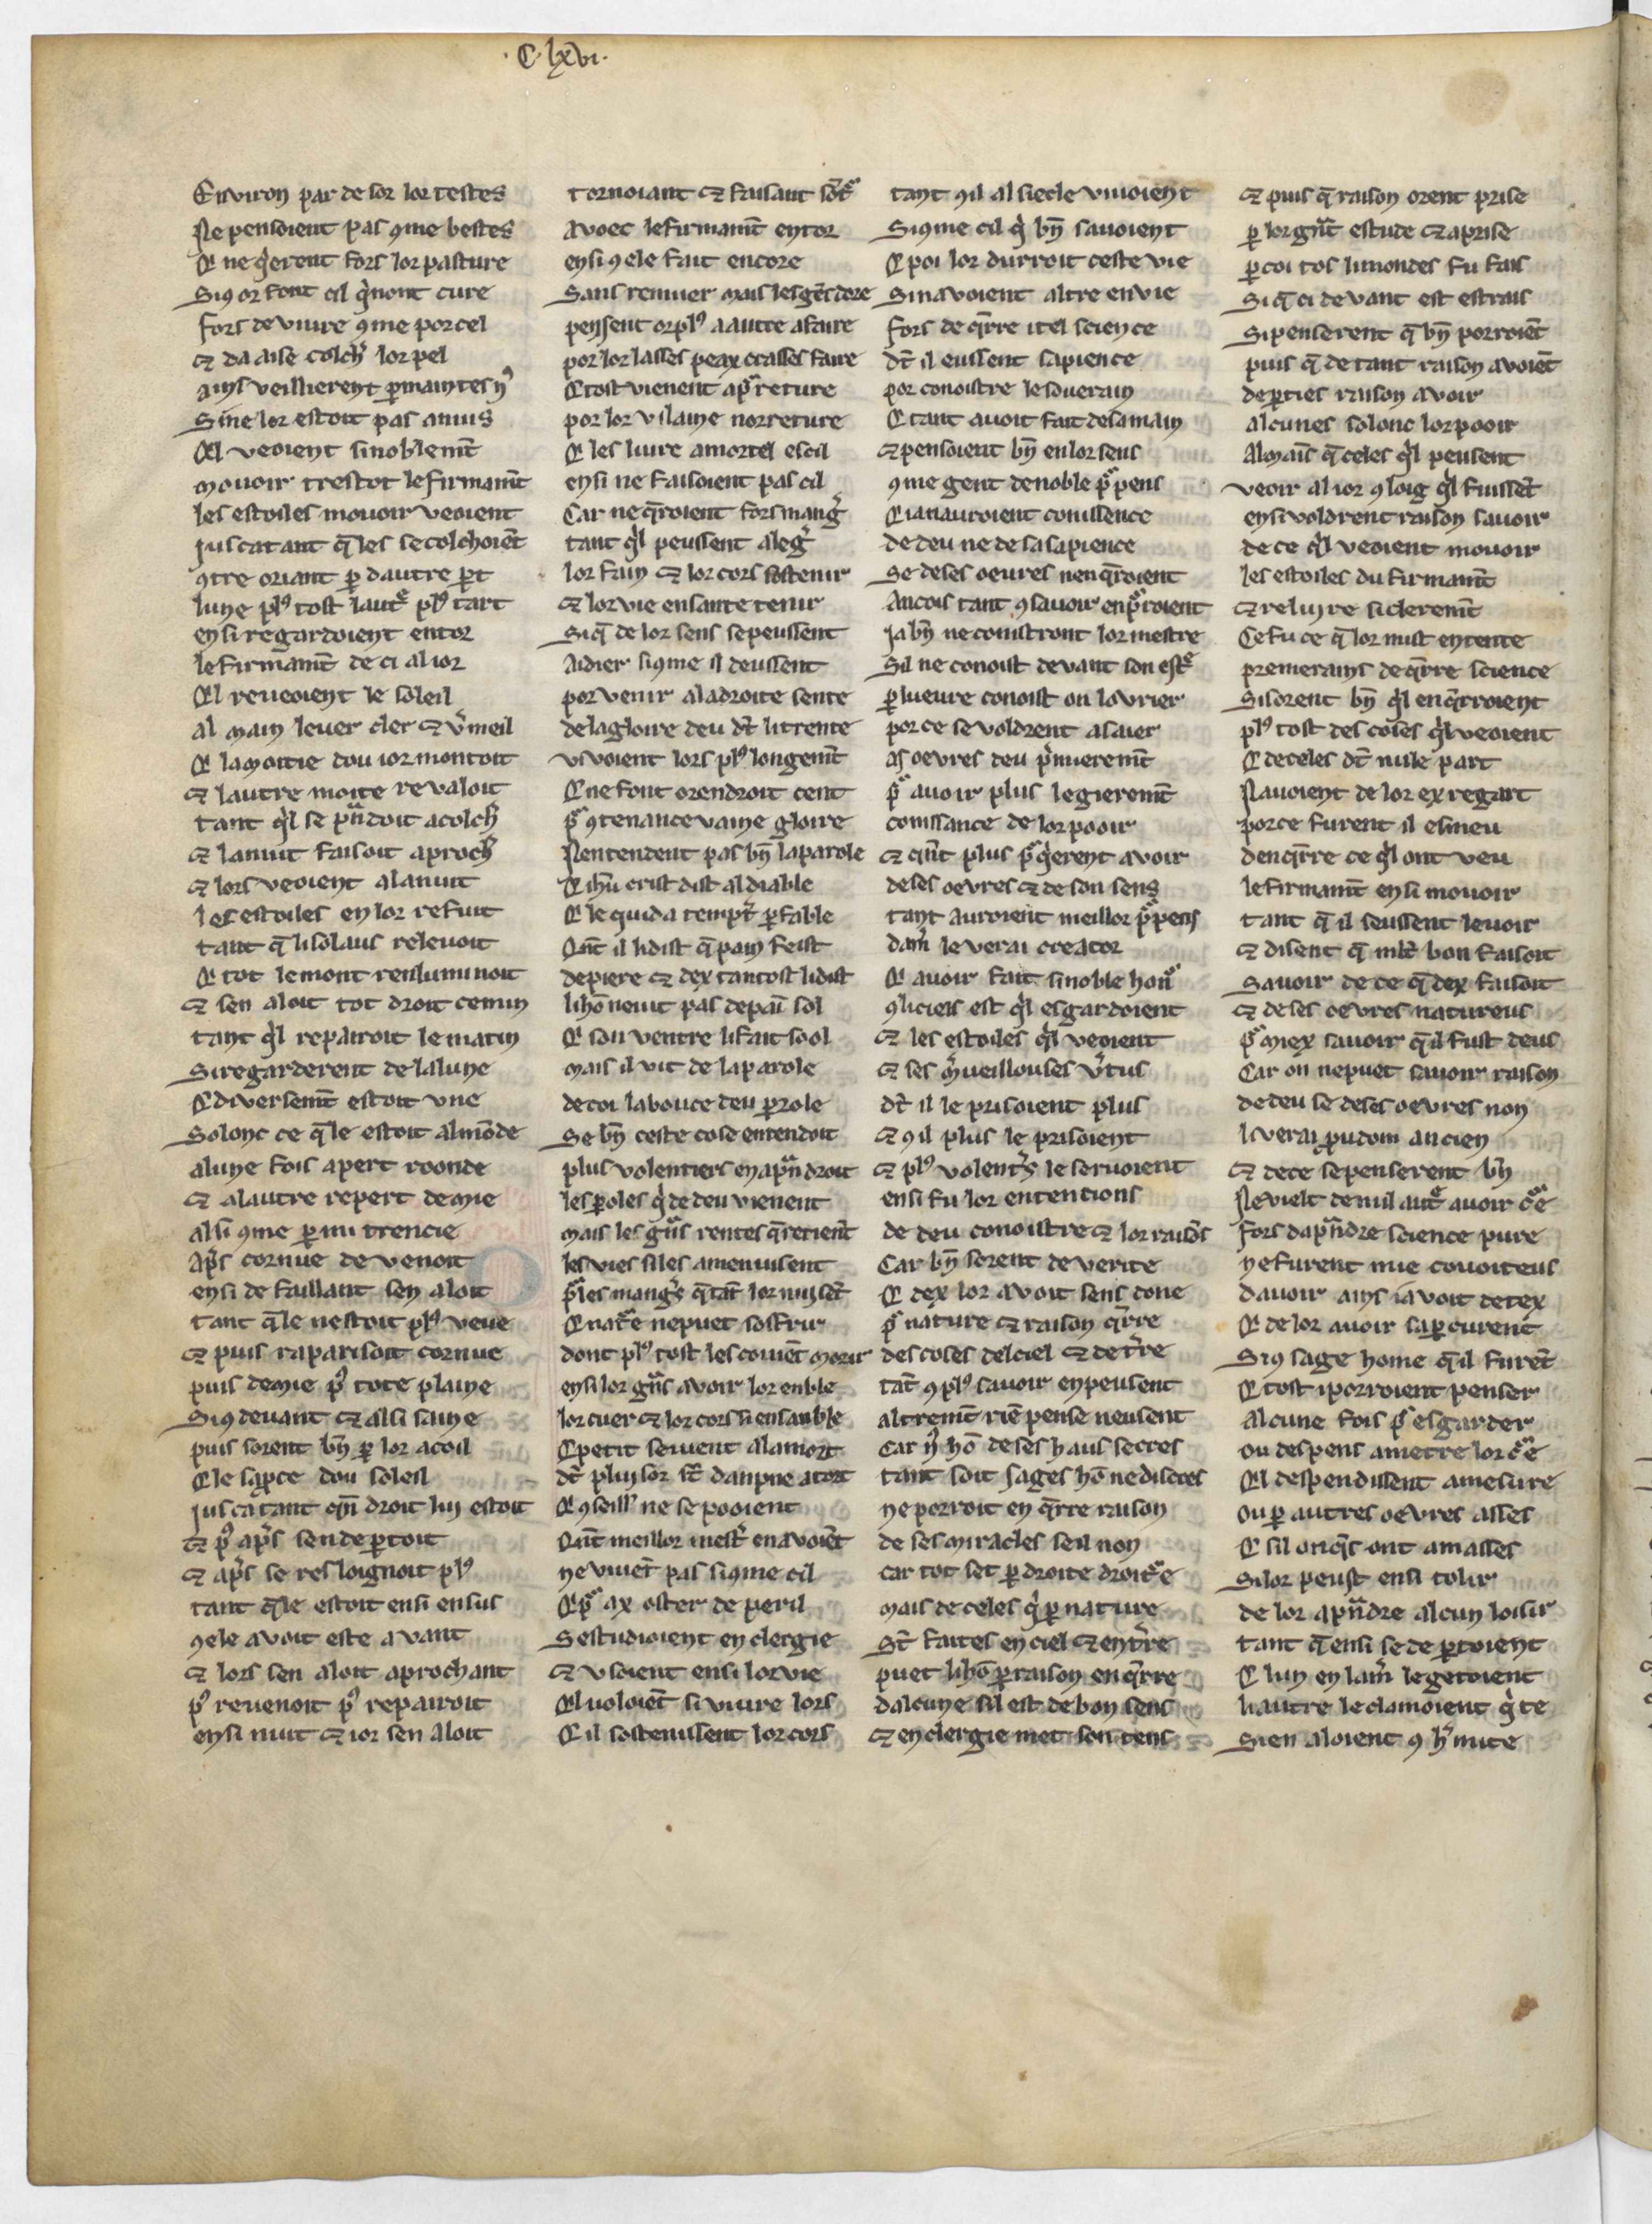
Shelfmark: Paris, BnF, Arsenal 3516
Century: 13